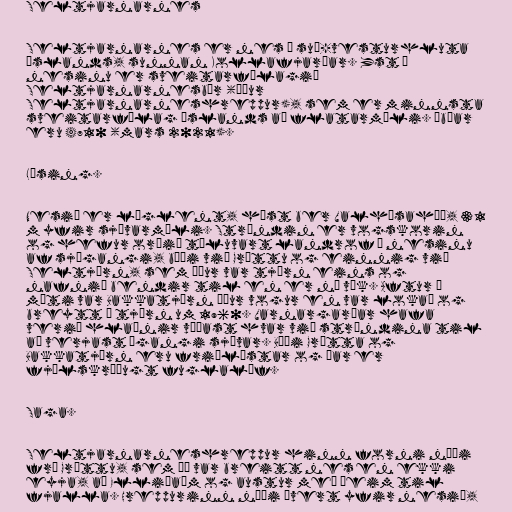
Seltjarnarnes

Seltjarnarnes er nes á suð-vesturhluta
Íslands, sunnan Kollafjarðar. Yst á
nesinu er sveitarfélagið
Seltjarnarnesbær (áður
Seltjarnarneshreppur), sem er minnsta
sveitarfélag Íslands að flatarmáli. Íbúar
eru 4710 (mars 2021).

Lýsing.

Nesið er láglent, hæst ber Valhúsahæð, 31
m yfir sjávarmáli. Ströndin er vogskorin
og hefur orðið töluvart landrof á nesinu
af sjógangi, bæði við Gróttu og einnig við
Seltjörn, sem áður var tjörn eins og
nafnið bendir til en er nú vík. Aftur á
móti var Bakkatjörn áður vogur en var lokað og
breytt í tjörn um 1960. Varnargarðar hafa
verið hlaðnir víðast hvar við ströndina til
að verjast ágangi sjávar. Bæði Grótta og
Bakkatjörn eru friðlýstar og þar er
fjölskrúðugt fuglalíf.

Saga.

Seltjarnarneshreppur hinn forni náði
frá Gróttu, sem þá var breitt nes en ekki
eyja, að Elliðaám og austur með þeim til
fjalla. Hreppurinn náði þvert yfir nesið,